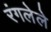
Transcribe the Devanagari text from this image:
रंगलेले